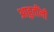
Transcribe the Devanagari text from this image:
आहुतींनी